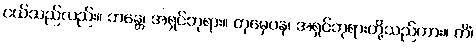
ငယ်သည်လည်း။ ဘန္တေ၊ အရှင်ဘုရား။ တုမှေပန၊ အရှင်ဘုရားတို့သည်ကား။ ကိံ၊